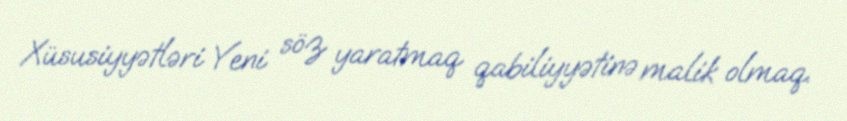
Xüsusiyyətləri Yeni söz yaratmaq qabiliyyətinə malik olmaq.